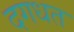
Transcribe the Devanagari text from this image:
दगधत